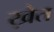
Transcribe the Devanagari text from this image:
ख़ेत